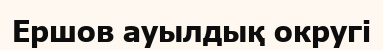
Ершов ауылдық округі